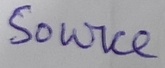
Text: Source